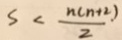
S < \frac { n ( n + 2 ) } { 2 }